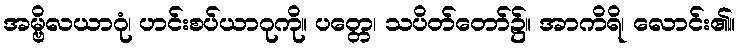
အမ္ဗိလယာဂုံ၊ ဟင်းစပ်ယာဂုကို။ ပတ္တေ၊ သပိတ်တော်၌။ အာကိရိ၊ လောင်း၏။